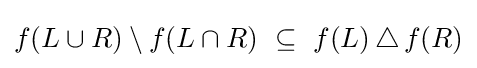
f(L\cup R)\setminus f(L\cap R)~\subseteq ~f(L)\,\triangle \,f(R)